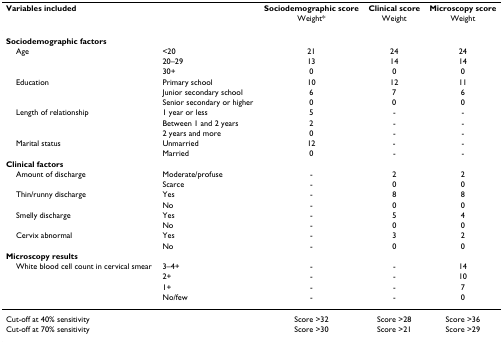
<table><thead><tr><td><b>Variables included</b></td><td></td><td><b>Sociodemographic score</b></td><td><b>Clinical score</b></td><td><b>Microscopy score</b></td></tr><tr><td></td><td></td><td><b>Weight*</b></td><td><b>Weight</b></td><td><b>Weight</b></td></tr></thead><tbody><tr><td><b>Sociodemographic factors</b></td><td></td><td></td><td></td><td></td></tr><tr><td> Age</td><td>&lt;20</td><td>21</td><td>24</td><td>24</td></tr><tr><td></td><td>20–29</td><td>13</td><td>14</td><td>14</td></tr><tr><td></td><td>30+</td><td>0</td><td>0</td><td>0</td></tr><tr><td> Education</td><td>Primary school</td><td>10</td><td>12</td><td>11</td></tr><tr><td></td><td>Junior secondary school</td><td>6</td><td>7</td><td>6</td></tr><tr><td></td><td>Senior secondary or higher</td><td>0</td><td>0</td><td>0</td></tr><tr><td> Length of relationship</td><td>1 year or less</td><td>5</td><td>-</td><td>-</td></tr><tr><td></td><td>Between 1 and 2 years</td><td>2</td><td>-</td><td>-</td></tr><tr><td></td><td>2 years and more</td><td>0</td><td>-</td><td>-</td></tr><tr><td> Marital status</td><td>Unmarried</td><td>12</td><td>-</td><td>-</td></tr><tr><td></td><td>Married</td><td>0</td><td>-</td><td>-</td></tr><tr><td><b>Clinical factors</b></td><td></td><td></td><td></td><td></td></tr><tr><td> Amount of discharge</td><td>Moderate/profuse</td><td>-</td><td>2</td><td>2</td></tr><tr><td></td><td>Scarce</td><td>-</td><td>0</td><td>0</td></tr><tr><td> Thin/runny discharge</td><td>Yes</td><td>-</td><td>8</td><td>8</td></tr><tr><td></td><td>No</td><td>-</td><td>0</td><td>0</td></tr><tr><td> Smelly discharge</td><td>Yes</td><td>-</td><td>5</td><td>4</td></tr><tr><td></td><td>No</td><td>-</td><td>0</td><td>0</td></tr><tr><td> Cervix abnormal</td><td>Yes</td><td>-</td><td>3</td><td>2</td></tr><tr><td></td><td>No</td><td>-</td><td>0</td><td>0</td></tr><tr><td><b>Microscopy results</b></td><td></td><td></td><td></td><td></td></tr><tr><td> White blood cell count in cervical smear</td><td>3–4+</td><td>-</td><td>-</td><td>14</td></tr><tr><td></td><td>2+</td><td>-</td><td>-</td><td>10</td></tr><tr><td></td><td>1+</td><td>-</td><td>-</td><td>7</td></tr><tr><td></td><td>No/few</td><td>-</td><td>-</td><td>0</td></tr><tr><td>Cut-off at 40% sensitivity</td><td></td><td>Score &gt;32</td><td>Score &gt;28</td><td>Score &gt;36</td></tr><tr><td>Cut-off at 70% sensitivity</td><td></td><td>Score &gt;30</td><td>Score &gt;21</td><td>Score &gt;29</td></tr></tbody></table>